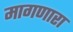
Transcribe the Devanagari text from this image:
मागणारा